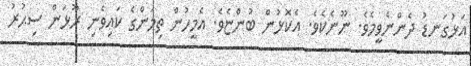
އަޅުގަނޑު ދެންނެވީމެވެ. ނޫނެކެވެ. އެކޮޅުން ބުންޏެވެ. އެމީހުން ތިމަންގެ ކައިވެނި ރޫޅަން ސިޙުރު